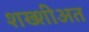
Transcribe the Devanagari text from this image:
शख्शीअत